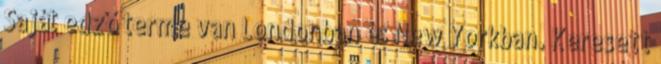
Saját edző terme van Londonban és New Yorkban. Keresett